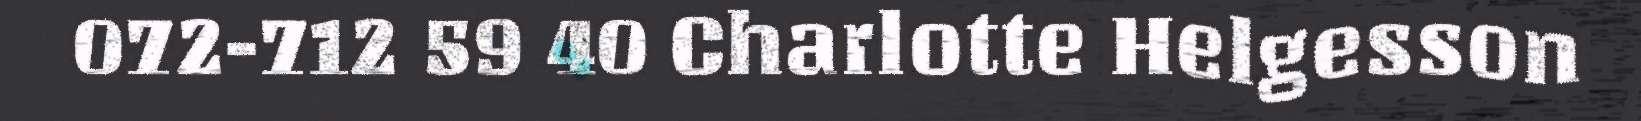
072-712 59 40 Charlotte Helgesson